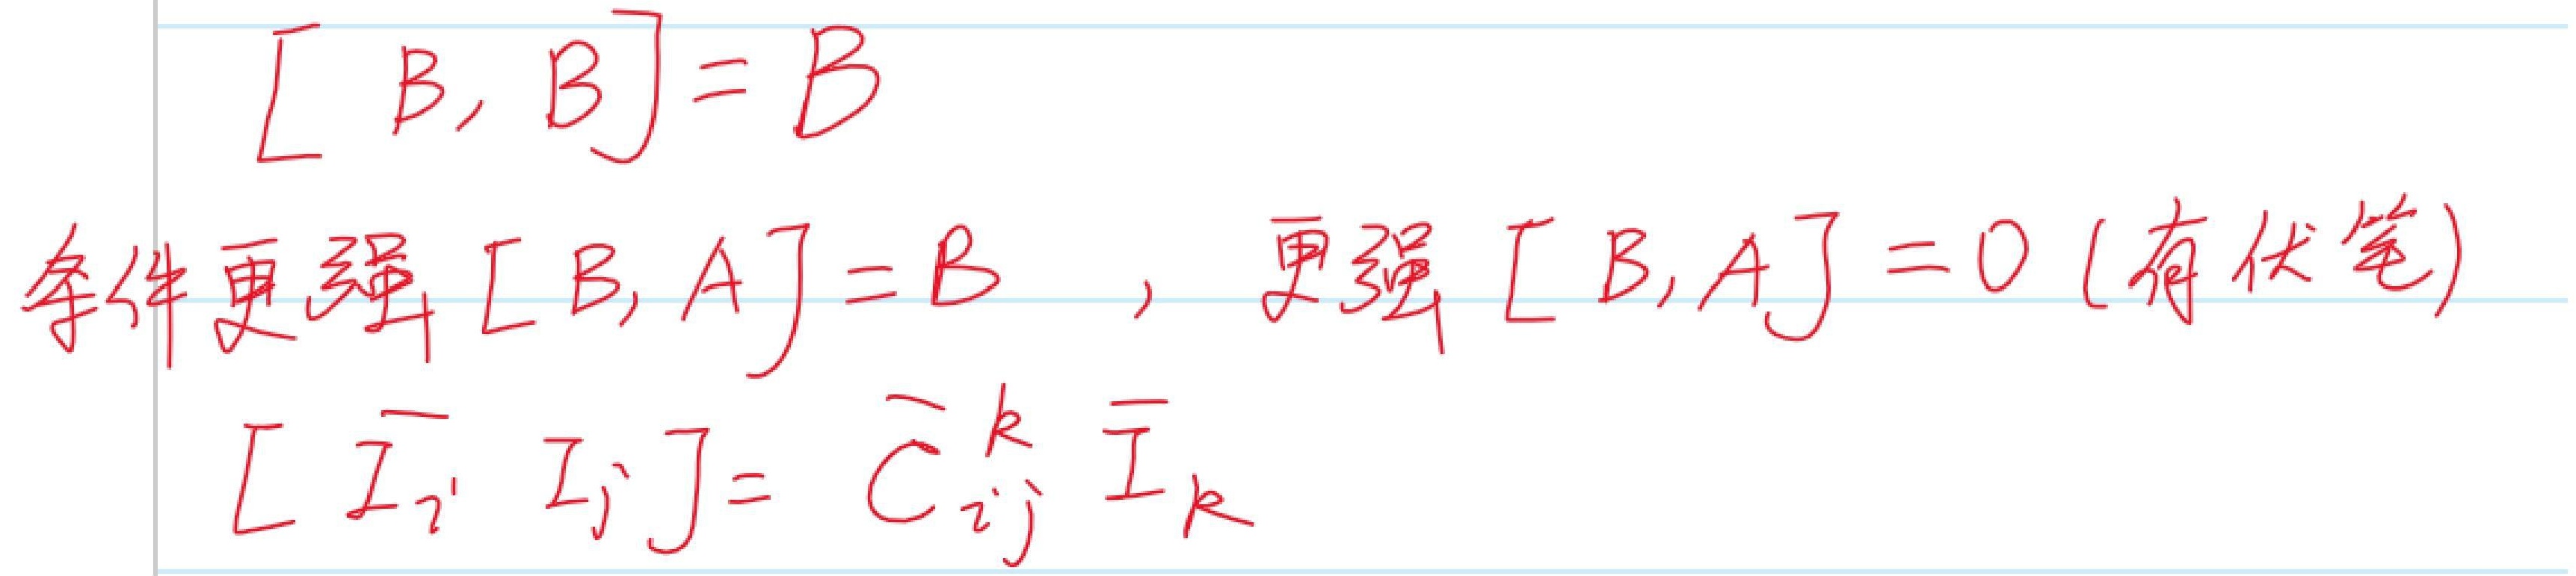

条件更强：\([B,B]=B\)\\
\([B,A]=B\)\\
更强,\([B,A]=0(\))有伏笔\\
\([I_{i},I_{j}]=\overline{C}_{ij}^{k}I_{k}\)